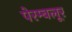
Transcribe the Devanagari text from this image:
पेरम्बलूर